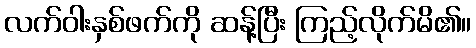
လက်ဝါးနှစ်ဖက်ကို ဆန့်ပြီး ကြည့်လိုက်မိ၏။